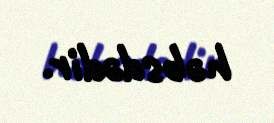
həbsdədir.